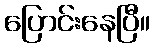
ပြောင်းနေပြီ။